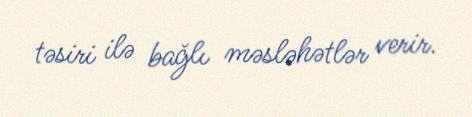
təsiri ilə bağlı məsləhətlər verir.